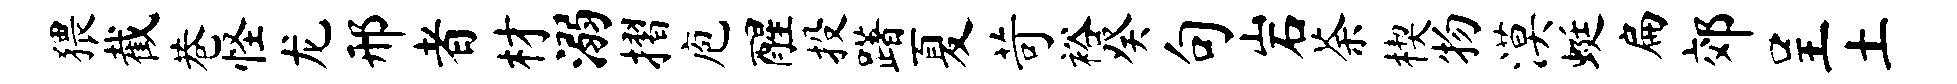
猥截巷怪龙邢者材溺摺庖醒投躇夏苛裕癸句岩荼楔物漠蜓扁郊呈土